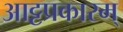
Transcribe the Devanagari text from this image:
आट्टप्रकारम्